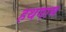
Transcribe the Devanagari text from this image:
हथगाम